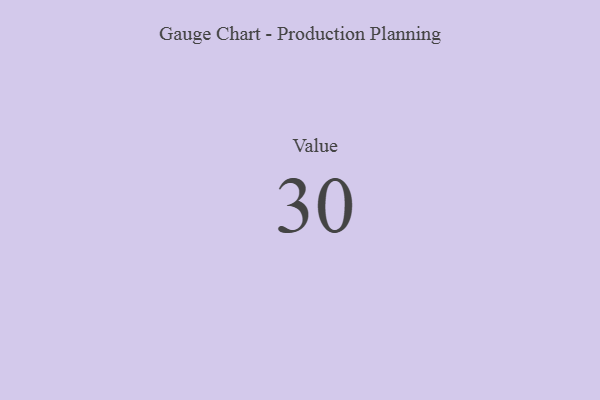
{"axis": {"x": "Metric", "y": "Value"}, "legend": [""], "data": [{"x": "Value", "y": 30, "type": ""}]}